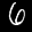
Label: 6